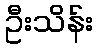
ဦးသိန်း